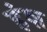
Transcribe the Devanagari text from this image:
हंश